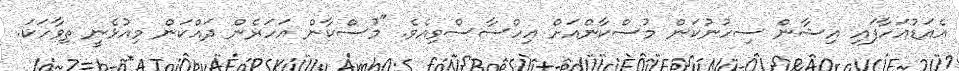
އެއަޑުއަހާފައި އިޝާން ސިހުނުކަން މުސްކާންއަށް އިހްސާސްވިއެވެ. "މުސްކާން އަހަރެން ދައްކަން މިއުޅެނީ ތިވާހަކަ.